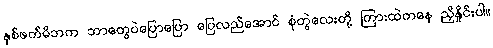
နှစ်ဖက်မိဘက ဘာတွေပဲပြောပြော ပြေလည်အောင် စုံတွဲလေးတို့ ကြားထဲကနေ ညှိနှိုင်းပါ။